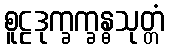
စူဠဒုက္ခက္ခန္ဓသုတ္တံ